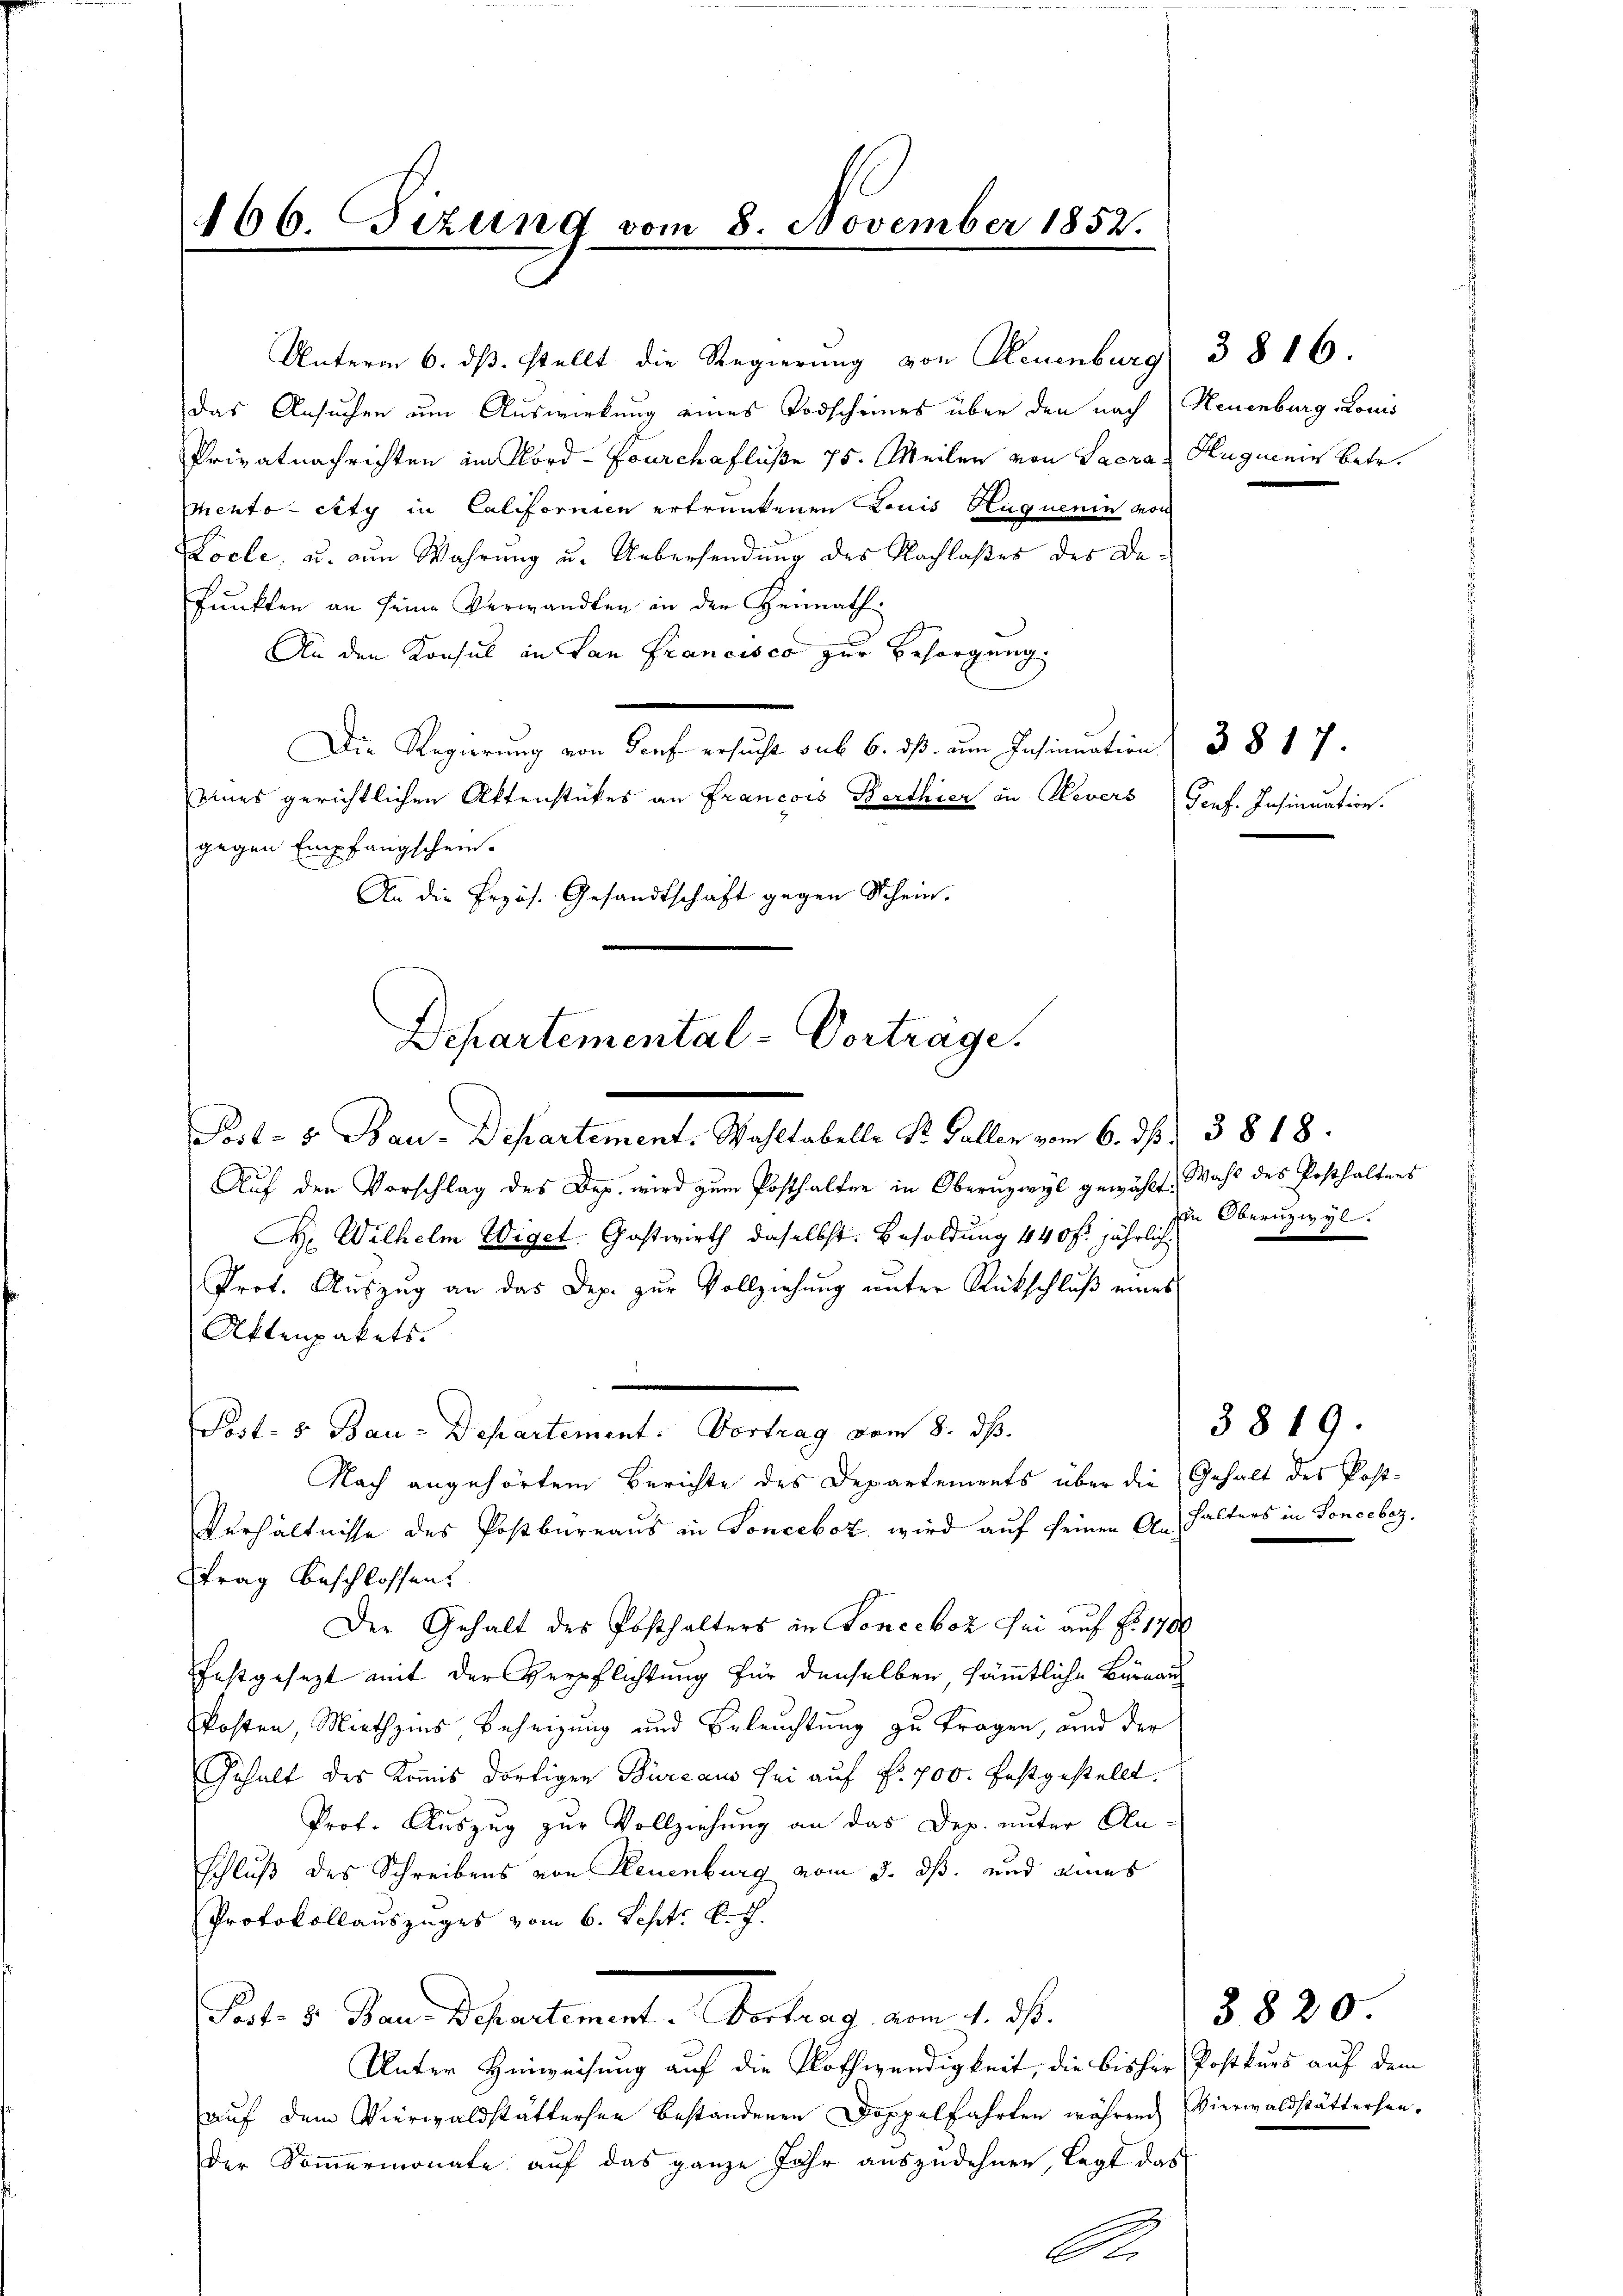
166. Fizun vom 8. November 1852.

Departemental-Vortrage.
.

Unterm 6. ds. stellt die Regierung von Neuenburg
Das Ansuchen um Auswirkung eines Todscheines über den nach Neuenburg Louis
Privatnachrichten im Nord-Fourchafluße 75. Meilen von Sacra Hugmein betr.
Mento etty in Californien ertrunkenen Louis Huquenin von
Locle, u. ein Wahrung u. Uebersendung des Nachlaßes des De¬
Punkten an seine Verwandten in den Heimath¬
An den Konsul in San Francisco zur Besorgung
Die Regierung von Senf ersucht sub 6. dß um Insinuation
enes gerichtlichen Aktenstückes an Francois Berthier in Revers Genf. Insinuation.
gegen Empfangschein.
An die Przös. Gesandtschaft gegen Schein.
Post- & Bau-Departement. Wahltabelle Dr. Gallen vom 6. ds. 3818.
Auf den Vorschlag des Dep. wird zum Posthalten in Oberuzwyl gewählt. Wahl des Posthaltens
H. Wilhelm Wiget. Gastwirth daselbst. Besoldung 440 fr. jährlich
Prot. Auszug an das Dep. zur Vollziehung unter Rückschluß eines
Aktenpakets.
.
Post- & Bau-Departement. Vortrag vom 8. ds.
Nach angehörtem Berichte des Departements über die Gehalt des Post¬
Verhältnisse des Postbureaus in Sonceboz wird auf seinen Anhalters in Soncebez.
trag beschlossen.
Der Gehalt des Posthalters in Fonceboz sei auf Fr. 1780
festgesezt mit der Verpflichtung für denselben, sämmtliche Büreau
Posten, Miethzins Beheizung und Beleuchtung zu tragen, und der
Gehalt des Komis dortigen Büreaus sei auf Fr. 700. festgestellt.
Prof. Auszug zur Vollziehung an das Dep. unter An-
schluß des Schreibens von Neuenburg vom 3. dß. und eines
Protokollauszuges vom 6. Sept. l.
Pat. v. Stand diesentiment. Antrag am 1. Js.
Unter Hinweisung auf die Nothwendigkeit, die bisher Postkurs auf dem
auf dem Vierwaldstättersen bestandenen Doppelfahrten während Vierwaldstättersender Sommermonate auf das ganze Jahr auszudehnen, legt das

A

3817.

3816.

in Obernzwyl.

3819.

§. 820